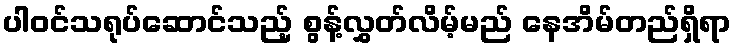
ပါဝင်သရုပ်ဆောင်သည့် စွန့်လွှတ်လိမ့်မည် နေအိမ်တည်ရှိရာ